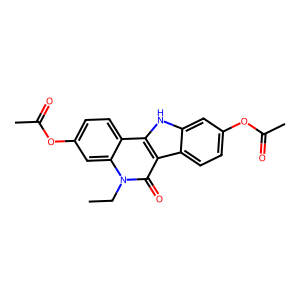
SMILES: CCn1c(=O)c2c3ccc(OC(C)=O)cc3[nH]c2c2ccc(OC(C)=O)cc21
Inhibits HIV replication: No